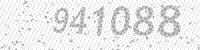
Solution: 941088